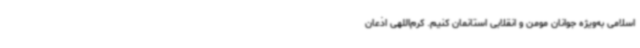
اسلامی به‌ویژه جوانان مومن و انقلابی استانمان کنیم. کرم‌اللهی اذعان